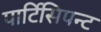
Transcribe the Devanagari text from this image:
पार्टिसिपन्ट